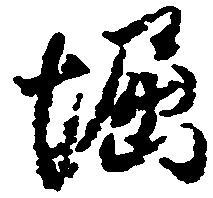
堀